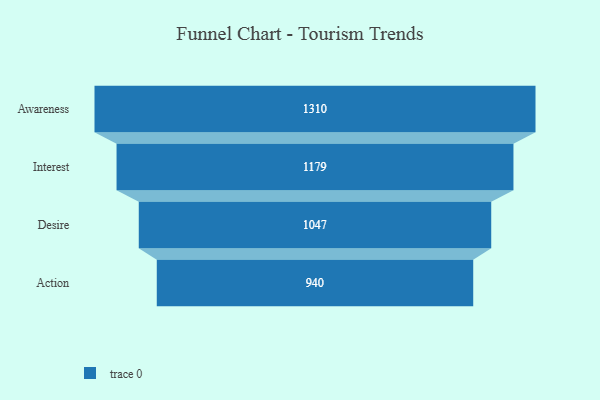
{"axis": {"x": "Stage", "y": "Value"}, "legend": [""], "data": [{"x": "Awareness", "y": 1310.0, "type": ""}, {"x": "Interest", "y": 1179.0, "type": ""}, {"x": "Desire", "y": 1047.0, "type": ""}, {"x": "Action", "y": 940.0, "type": ""}]}